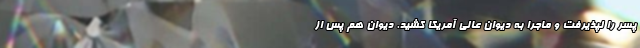
پسر را نپذیرفت و ماجرا به دیوان عالی آمریکا کشید. دیوان هم پس از